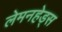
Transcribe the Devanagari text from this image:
लेमनहेड्स